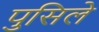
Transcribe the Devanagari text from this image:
पुसिले